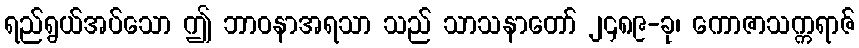
ရည်ရွယ်အပ်သော ဤ ဘာဝနာအရသာ သည် သာသနာတော် ၂၄၈၉-ခု၊ ကောဇာသက္ကရာဇ်